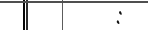
: